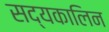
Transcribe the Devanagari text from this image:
सद्यकालिन